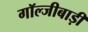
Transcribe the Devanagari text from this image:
गॉल्जीबाड़ी